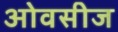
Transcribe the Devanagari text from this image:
ओवसीज